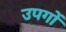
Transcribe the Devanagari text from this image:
उपगों